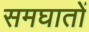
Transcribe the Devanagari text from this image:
समघातों